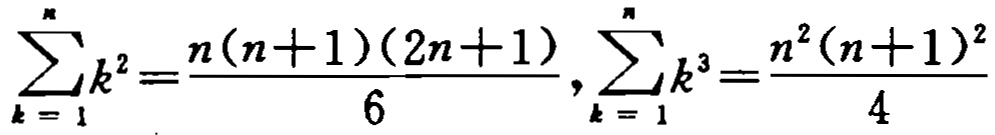
\(\sum_{k = 1}^{n}k^{2}=\frac{n(n + 1)(2n + 1)}{6},\sum_{k = 1}^{n}k^{3}=\frac{n^{2}(n + 1)^{2}}{4}\)